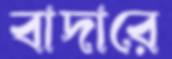
বাদারে